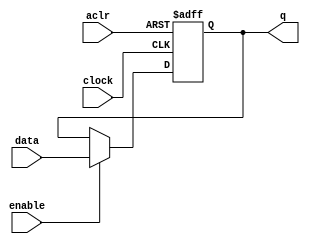
// synopsys translate_off
`timescale 1 ps / 1 ps
// synopsys translate_on
module register_1bit (
	aclr,
	clock,
	data,
	enable,
	q);

	input	  aclr;
	input	  clock;
	input	[0:0]  data;
	input	  enable;
	output reg	[0:0]  q;
	
	always @(posedge clock, posedge aclr)
	begin
		if (aclr)
			q <= 1'b0;
		else if (enable)
			q <= data;
	end

endmodule